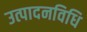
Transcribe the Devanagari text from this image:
उत्पादनविधि